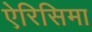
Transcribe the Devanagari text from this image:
ऐरिसिमा